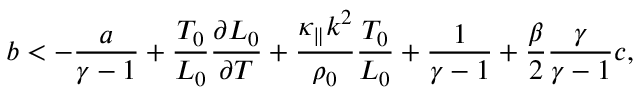
b < - \frac { a } { \gamma - 1 } + \frac { T _ { 0 } } { { \cal L } _ { 0 } } \frac { \partial { { \cal L } _ { 0 } } } { \partial T } + \frac { \kappa _ { \parallel } k ^ { 2 } } { \rho _ { 0 } } \frac { T _ { 0 } } { { \cal L } _ { 0 } } + \frac { 1 } { \gamma - 1 } + \frac { \beta } { 2 } \frac { \gamma } { \gamma - 1 } c ,